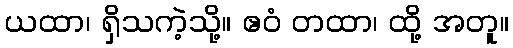
ယထာ၊ ရှိသကဲ့သို့။ ဧဝံ တထာ၊ ထို့ အတူ။